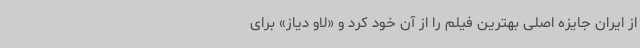
از ایران جایزه اصلی بهترین فیلم را از آن خود کرد و «لاو دیاز» برای